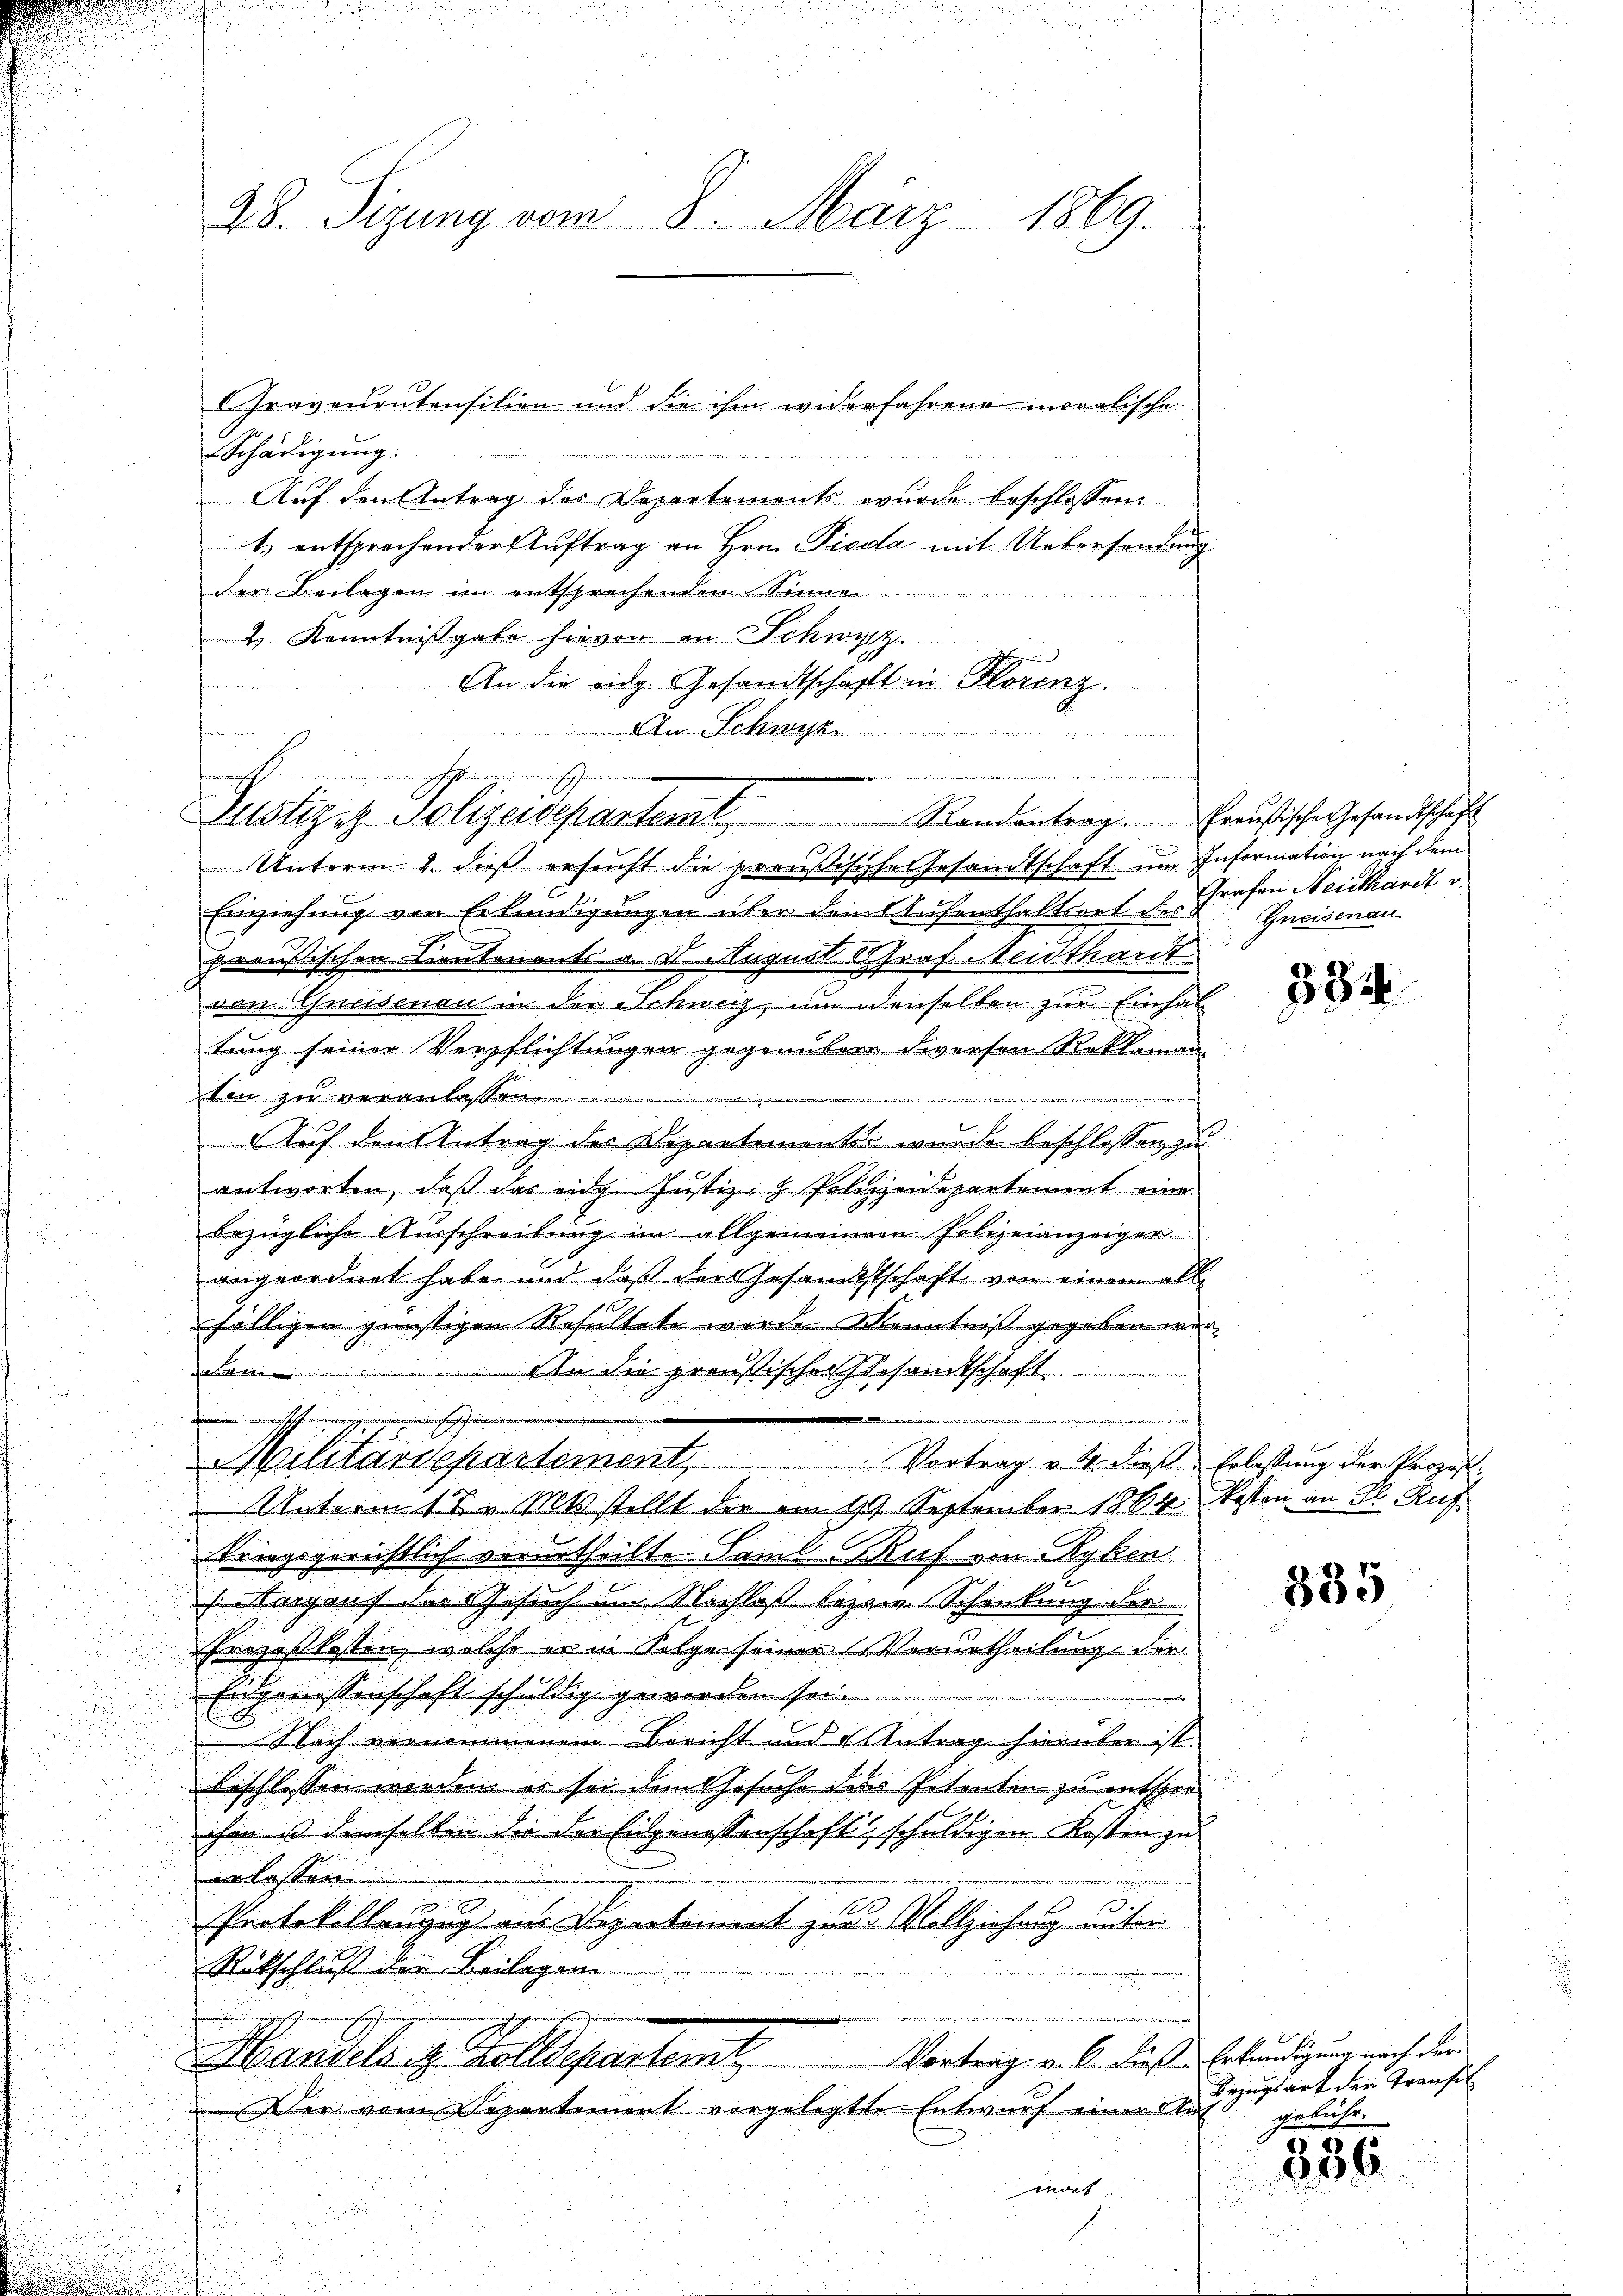
Graveuratensition und die ihm widerfahrend moralische
Schädigung.
Auf den Antrag des Departements wurde beschlossen:
t entsprochender Auftrag an Hrn. Pioda mit Uebersendung
der Beilagen im entsprechenden Sinnen
2 Kenntnißgabe hievon in Schwyz.
9
An die eidg. Gesandtschaft in Florenz.
Unterm 2. dieß ersucht die preußische Gesandtschaft um Information nach dem
Einziehung von Erkundigungen über den Aufenthaltsort des
preußischen Lieutenants a. d. August Schraf. Neidthardt
von Greisenau in der Schwer, um denselben zur Einhal
tung seiner Verpflichtungen gegenübere diverson Reklaman
ten zu veranlassen.
m
Auf den Antrag des Departementes wurde beschlossen zu
antworten, daß das eine Justiz- & Polizeidepartement eine
u
i
bezügliche Ausschreibung im allgemeinen Polizeianzeiger
angeordnet habe und daß der Gesandtschaft von einem alle
fälligen günstigen Resultate wurde Kenntniß gegeben wer¬
An die preußischer Gesandtschaft
   |
e

inrich vernommen.
u
inrich englichen immer
Militärdepartement, Vortrag v. M. dieß. Erlaßung der Prozes
Unterm 17. Mts. stellt der am 19. September 1864 besten an Kl. Auf¬
u
kriegsgerichtlich verurtheilte Famil Buf von Ryken
Margaus des Gesuch um Nachlaß bezw. Schenkung der
Prozeßkosten, welche er in Folge seiner Verurtheilung der
Eidgenossenschaft schuldig geworden sei.
Nach vernommenen Bericht und Antrag hierüber ist
beschlossen werden er sei dem Gesuche des Petenten zu entsprochen ist demselben die der Eidgenossenschaft, schuldigen Kosten zu
u
erlassen
u
Protokollenzug aus Departement zur Vollziehung unter
Rückschluß der Beilagen
E
Vortrag v. M. dies Erkundigung nach der
Mandelang Geldepartent
 Der vom Departement vorgelegte Entwurf einer Au
wort
¬

An Schwyz
Justiziz Polizeidepartemt, Randantrage. Freusische Gesandschaft

28. Sizung vom 8. März 1869.

Grafen Neidhardt u.
Gneisenau.

.

534.

385

E
Bezugsart der Transit
gebühr.

336